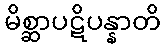
မိစ္ဆာပဋိပန္နာတိ